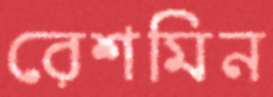
রেশমিন